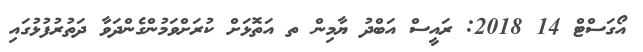
އޯގަސްޓް 14 2018: ރައީސް އަބްދު ޔާމިން ތ އަތޮޅަށް ކުރަށްވަމުންގެންދަވާ ދަތުރުފުޅުގައި